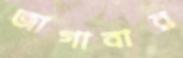
জাগাবার